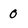
Character: 0